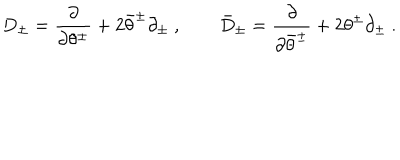
LaTeX: D _ { \pm } = \frac { \partial } { \partial \theta ^ { \pm } } + 2 \bar { \theta } ^ { \pm } \partial _ { \pm } \ , \qquad \bar { D } _ { \pm } = \frac { \partial } { \partial \bar { \theta } ^ { \pm } } + 2 { \theta } ^ { \pm } \partial _ { \pm } \ .